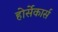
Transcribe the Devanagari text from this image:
होर्सेकार्स